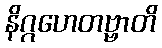
နိဂ္ဂဟေတဗ္ဗာတိ